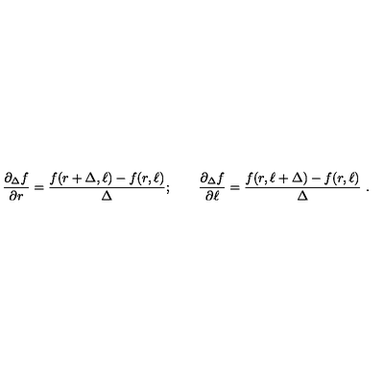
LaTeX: \frac { \partial _ { \Delta } f } { \partial r } = \frac { f ( r + \Delta , \ell ) - f ( r , \ell ) } { \Delta } ; \qquad \frac { \partial _ { \Delta } f } { \partial \ell } = \frac { f ( r , \ell + \Delta ) - f ( r , \ell ) } { \Delta } \ .